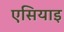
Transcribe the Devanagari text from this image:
एसियाइ